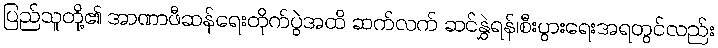
ပြည်သူတို့၏ အာဏာဖီဆန်ရေးတိုက်ပွဲအထိ ဆက်လက် ဆင်နွှဲရန်၊စီးပွားရေးအရတွင်လည်း